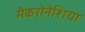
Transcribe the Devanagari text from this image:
मैकरोनेशिया